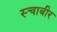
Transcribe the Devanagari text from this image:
स्चाबीर